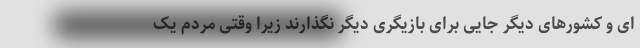
ای و کشورهای دیگر جایی برای بازیگری دیگر نگذارند زیرا وقتی مردم یک